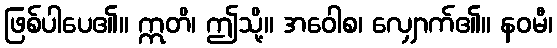
ဖြစ်ပါပေ၏။ ဣတိ၊ ဤသို့။ အဝေါစ၊ လျှောက်၏။ နဝမီ၊